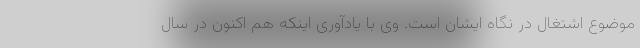
موضوع اشتغال در نگاه ایشان است. وی با یادآوری اینکه هم اکنون در سال